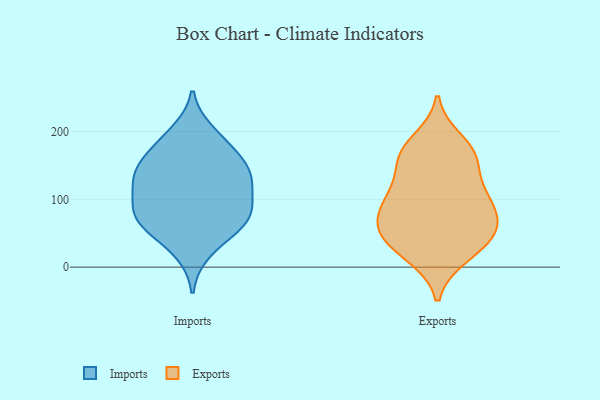
{"axis": {"x": "Gross Profit (USD K)", "y": "Value"}, "legend": ["Exports", "Imports"], "data": [{"x": "", "y": 93, "type": "Imports"}, {"x": "", "y": 68, "type": "Imports"}, {"x": "", "y": 85, "type": "Imports"}, {"x": "", "y": 71, "type": "Imports"}, {"x": "", "y": 132, "type": "Imports"}, {"x": "", "y": 183, "type": "Imports"}, {"x": "", "y": 23, "type": "Imports"}, {"x": "", "y": 147, "type": "Imports"}, {"x": "", "y": 171, "type": "Imports"}, {"x": "", "y": 130, "type": "Imports"}, {"x": "", "y": 57, "type": "Imports"}, {"x": "", "y": 101, "type": "Imports"}, {"x": "", "y": 198, "type": "Imports"}, {"x": "", "y": 134, "type": "Imports"}, {"x": "", "y": 62, "type": "Imports"}, {"x": "", "y": 142, "type": "Imports"}, {"x": "", "y": 98, "type": "Exports"}, {"x": "", "y": 77, "type": "Exports"}, {"x": "", "y": 171, "type": "Exports"}, {"x": "", "y": 90, "type": "Exports"}, {"x": "", "y": 111, "type": "Exports"}, {"x": "", "y": 155, "type": "Exports"}, {"x": "", "y": 47, "type": "Exports"}, {"x": "", "y": 90, "type": "Exports"}, {"x": "", "y": 187, "type": "Exports"}, {"x": "", "y": 17, "type": "Exports"}, {"x": "", "y": 55, "type": "Exports"}, {"x": "", "y": 16, "type": "Exports"}, {"x": "", "y": 162, "type": "Exports"}, {"x": "", "y": 49, "type": "Exports"}, {"x": "", "y": 42, "type": "Exports"}, {"x": "", "y": 55, "type": "Exports"}, {"x": "", "y": 117, "type": "Exports"}, {"x": "", "y": 164, "type": "Exports"}]}